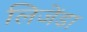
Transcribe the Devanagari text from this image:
लिजेंडा